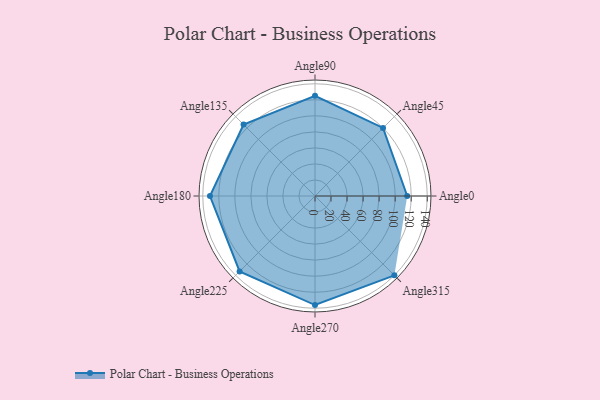
{"axis": {"x": "Angle", "y": "Radius"}, "legend": [""], "data": [{"x": "Angle0", "y": 115.0, "type": ""}, {"x": "Angle45", "y": 120.0, "type": ""}, {"x": "Angle90", "y": 125.0, "type": ""}, {"x": "Angle135", "y": 126.0, "type": ""}, {"x": "Angle180", "y": 131.0, "type": ""}, {"x": "Angle225", "y": 133.0, "type": ""}, {"x": "Angle270", "y": 136.0, "type": ""}, {"x": "Angle315", "y": 140.0, "type": ""}]}